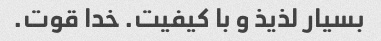
بسیار لذیذ و با کیفیت. خدا قوت.